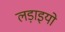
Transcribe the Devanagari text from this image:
लड़ाइयो